Vaccination in the Punjab 1867-1880 - 1867-1880
Year: 1867
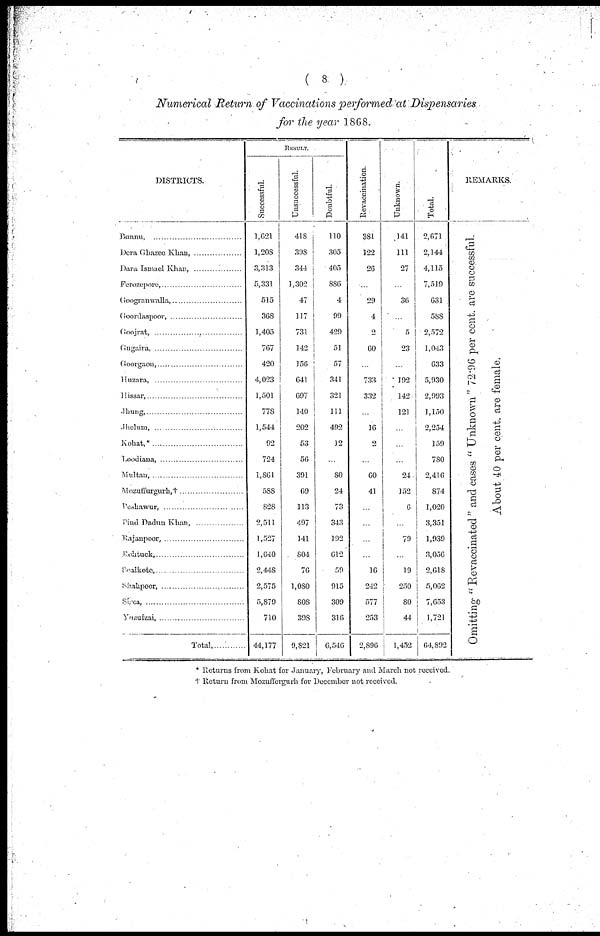
( 8 )
Numerical Return of Vaccinations performed at Dispensaries
for the year 1868.
DISTRICTS.
Bunnu, . .... . ... .. ... .... ....
Dera Ghazee Khan, . .... . .........
Dara Ismael Khan, . ...
... .
Ferozepore, .. . . ... . . . . .
Googranwalla, .. ... ... ... ... ...
Goordaspoor, . . . ... ..... .
Goojrat,
. ............ ...... . .
Gugaira,
..
.. ...
Goorgaon, ....
... .. . . . .
Huzara, . . . .. . . .... ..
Hissar,
. . . ... . ... ..
Jhung,
.
... .. . . . . .
Jhelum, . .. . .. .. .. . .. .
Kohat,
.
.. .. . .. ...
Loodiana, .. . ..... . ... . ... .. . .
Multan, .
. ..... . .. . .
Mozuffurgurh,† ...
... .
Peshawur, . ... . . . ..
Pind Dadun Khan, . . . ..
Rajanpoor, . . ... . . ... ..
Rohtuck, . . .. ...
Sealkole, ...
...
...
Shahpoor, ... ... ... ... ... ...
Sirsa, ...
... ... ... ...
Yasufzai,
... ... ... ... ...
Total, . . .
RESULT.
Successful.
1,621
1,208
3,313
5,331
515
368
1,405
767
420
4,023
1,501
778
1,544
92
724
1,861
588
828
2,511
1,527
1,640
2,448
2,575
5,879
710
44,177
Unsuccessful.
418
398
344
1,302
47
117
731
142
156
641
697
140
202
53
56
391
69
113
497
141
804
76
1,080
808
398
9,821
Doubtful.
110
305
405
886
4
99
429
51
57
341
321
111
492
12
...
80
24
73
343
192
612
59
915
309
316
6,546
Revaccination.
381
122
26
...
29
4
2
60
...
733
332
...
16
2
...
60
41
...
...
...
...
16
242
577
253
2,896
Unknown.
141
111
27
...
36
.
5
23
...
192
142
121
...
...
...
24
152
6
...
79
...
19
250
80
44
1,452
Total.
2,671
2,144
4,115
7,519
631
588
2,572
1,043
633
5,930
2,993
1,150
2,254
159
780
2,416
874
1,020
3,351
1,939
3,056
2,618
5,062
7,653
1,721
64,892
REMARKS.
Omitting "Revaccinated" and cases "Unknown" 72.96 per cent. are successful.
About 40 per cent. are female.
* Returns from Kohat for January, February and March not received.
† Return from Mozuffergurh for December not received.